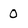
Character: 0